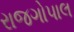
રાજગોપાલ